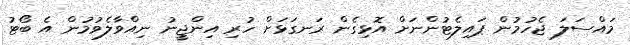
މައްސަލަ ޖެހުމުން ޕައިލެޓުންނަށް އޮޅިގެން ރަނގަޅަށް ހުރި އިންޖީނު ނިއްވާލެވުމުން އެ ބޯޓު